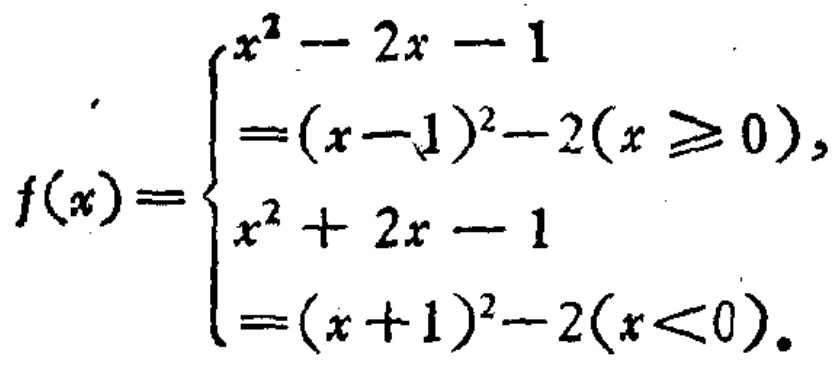
\[

f(x)=

\begin{cases}

x^{2}-2x - 1\\

=(x - 1)^{2}-2(x\geq0),\\

x^{2}+2x - 1\\

=(x + 1)^{2}-2(x<0).

\end{cases}

\]